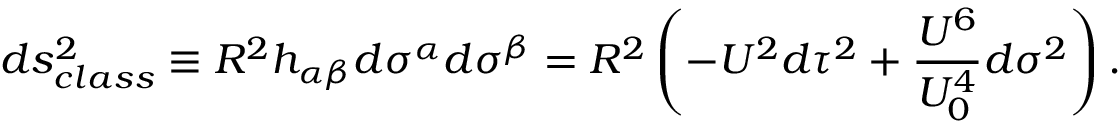
d s _ { c l a s s } ^ { 2 } \equiv R ^ { 2 } h _ { \alpha \beta } d \sigma ^ { \alpha } d \sigma ^ { \beta } = R ^ { 2 } \left( - U ^ { 2 } d \tau ^ { 2 } + \frac { U ^ { 6 } } { U _ { 0 } ^ { 4 } } d \sigma ^ { 2 } \right) .